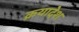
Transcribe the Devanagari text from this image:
क्रयादेश